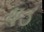
ષડ